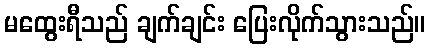
မထွေးရီသည် ချက်ချင်း ပြေးလိုက်သွားသည်။